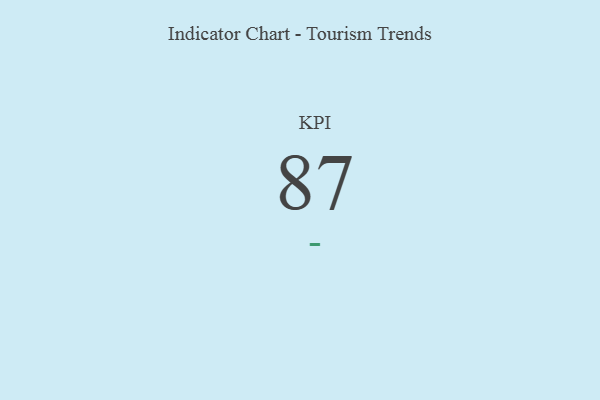
{"axis": {"x": "KPI", "y": "Value"}, "legend": [""], "data": [{"x": "KPI", "y": 87, "type": ""}]}